Leningradi_Edasi_toimetus, lk 231
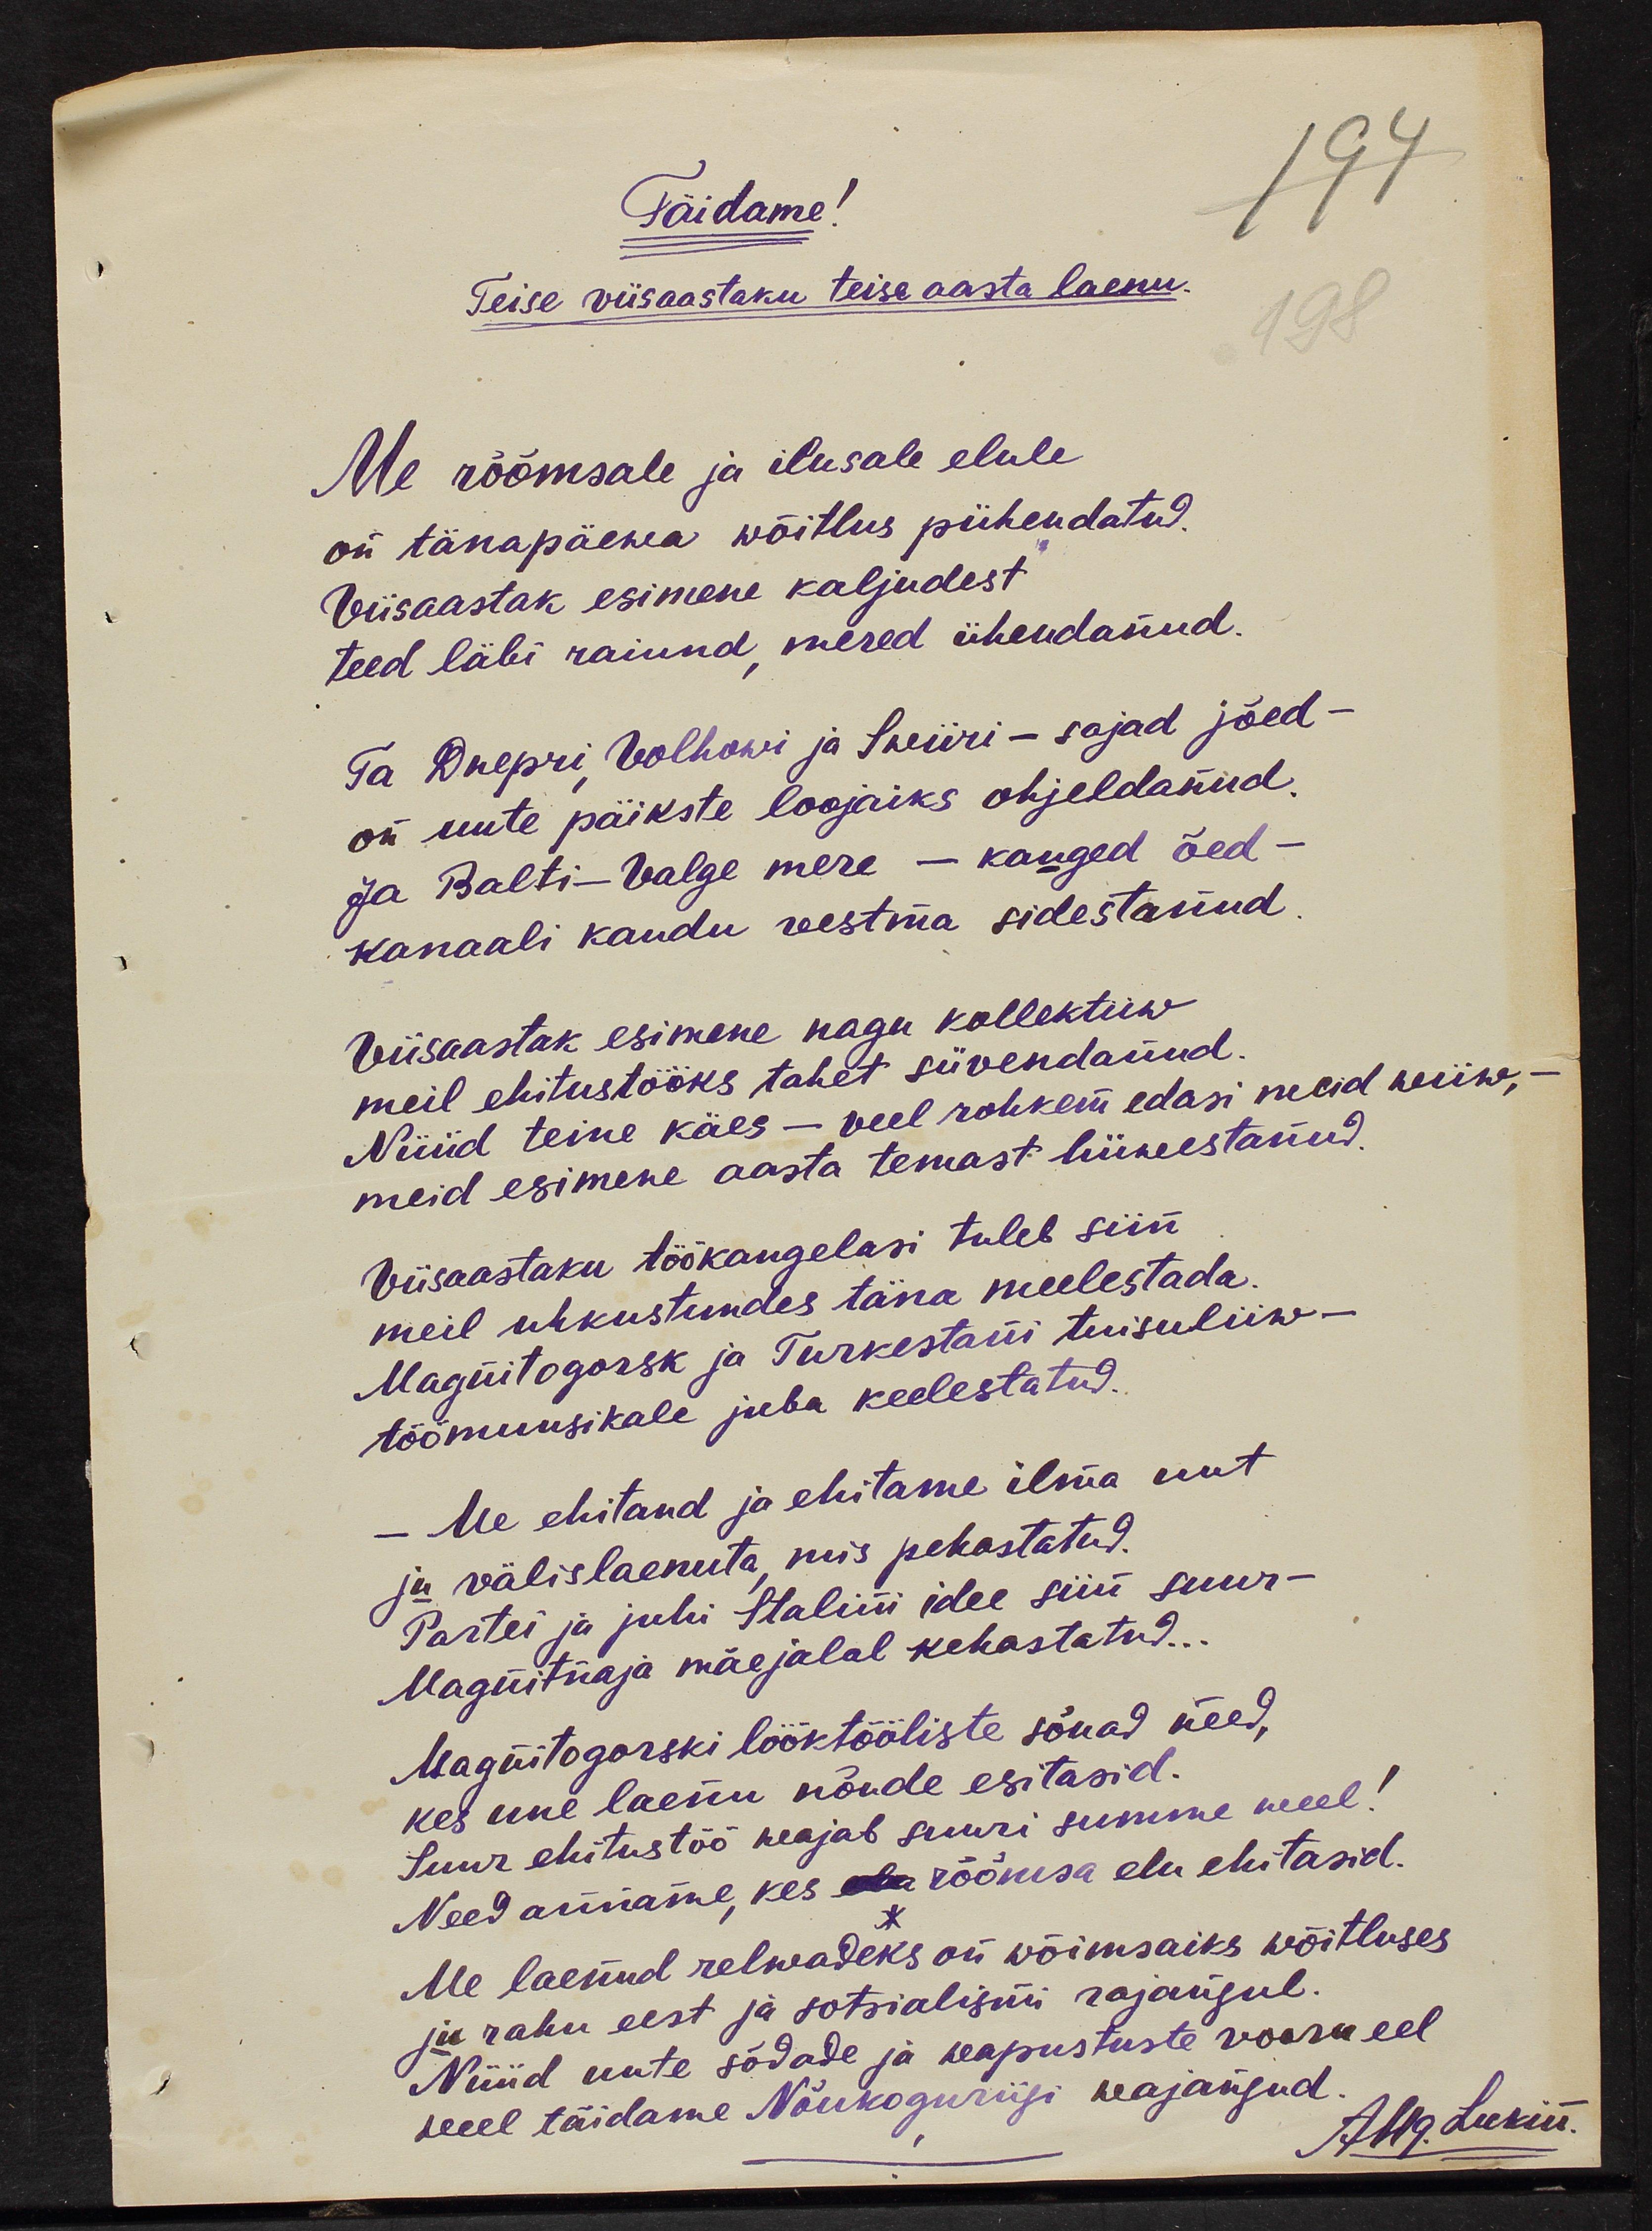
Täidame!
Teise viisaastaku teise aasta laenu
Me rõõmsale ja ilusale elule
on tänapäewa wõitlus pühendatud
Viisaastak esimene kaljudest 
teed läbi raiund, mered ühendanud.
Ta Dnepri, Volkowi ja Swiiri - sajad jõed -
on uute päikste loojaiks ohjeldanud.
ja Balti - Valge mere - kauged õed - 
Kanaali kaudu vestma sidestanud.
Viisaastak esimene nagu kollektiiw
meil ehitustööks tahet süvendanud
Nüüd teine käes - veel rohkem edasi meid wiiw, - 
meid esimene aasta temast hüwestanud.
Viisaastaku töökangelasi tuleb siin
meil uhkustundes täna meelestada
Magnitogorsk ja Turkestani tuisuliiw - 
töömuusikale juba keelestatud..
- Me ehitand ja ehitame ilma uut
ja välislaenuta mis pehastatud. 
Partei ja juhi Stalini idee siin suur - 
Magnitnaja mäejalal kehastatud..
Magnitogorski lööktööliste sõnad need,
kes uue laenu nõude esitasid.
Suur ehitustöö neajab suuri summe weel!
Need anname, kes ela rõõmsa elu ehitasid.
Me laenud relwadeks on wõimsaiks wõitluses
ja rahu eest ja sotsialismi rajangul.
Nüüd uute sõdade ja vapustuste vooru eel
weel täidame Nõukoguriigi wajangud.
Ang. Lukin.